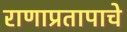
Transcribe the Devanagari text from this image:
राणाप्रतापाचे